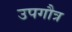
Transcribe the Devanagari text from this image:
उपगौत्र